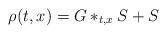
LaTeX: \begin{align*} \rho(t,x) &= G *_{t,x} S + S\end{align*}